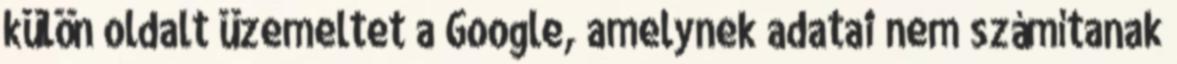
külön oldalt üzemeltet a Google, amelynek adatai nem számítanak